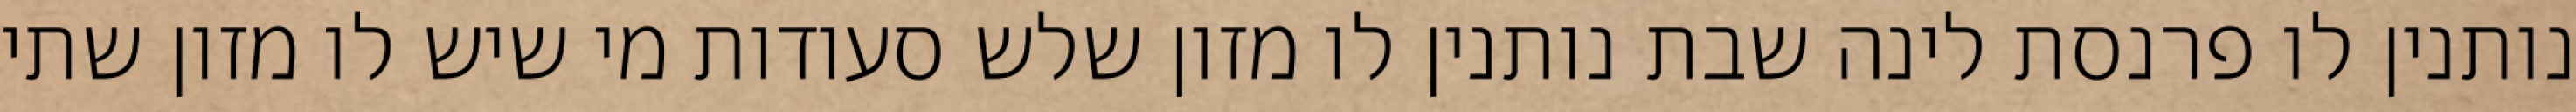
נותנין לו פרנסת לינה שבת נותנין לו מזון שלש סעודות מי שיש לו מזון שתי